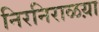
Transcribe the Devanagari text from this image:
निरनिराळय़ा